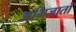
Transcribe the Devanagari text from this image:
अभिजातों